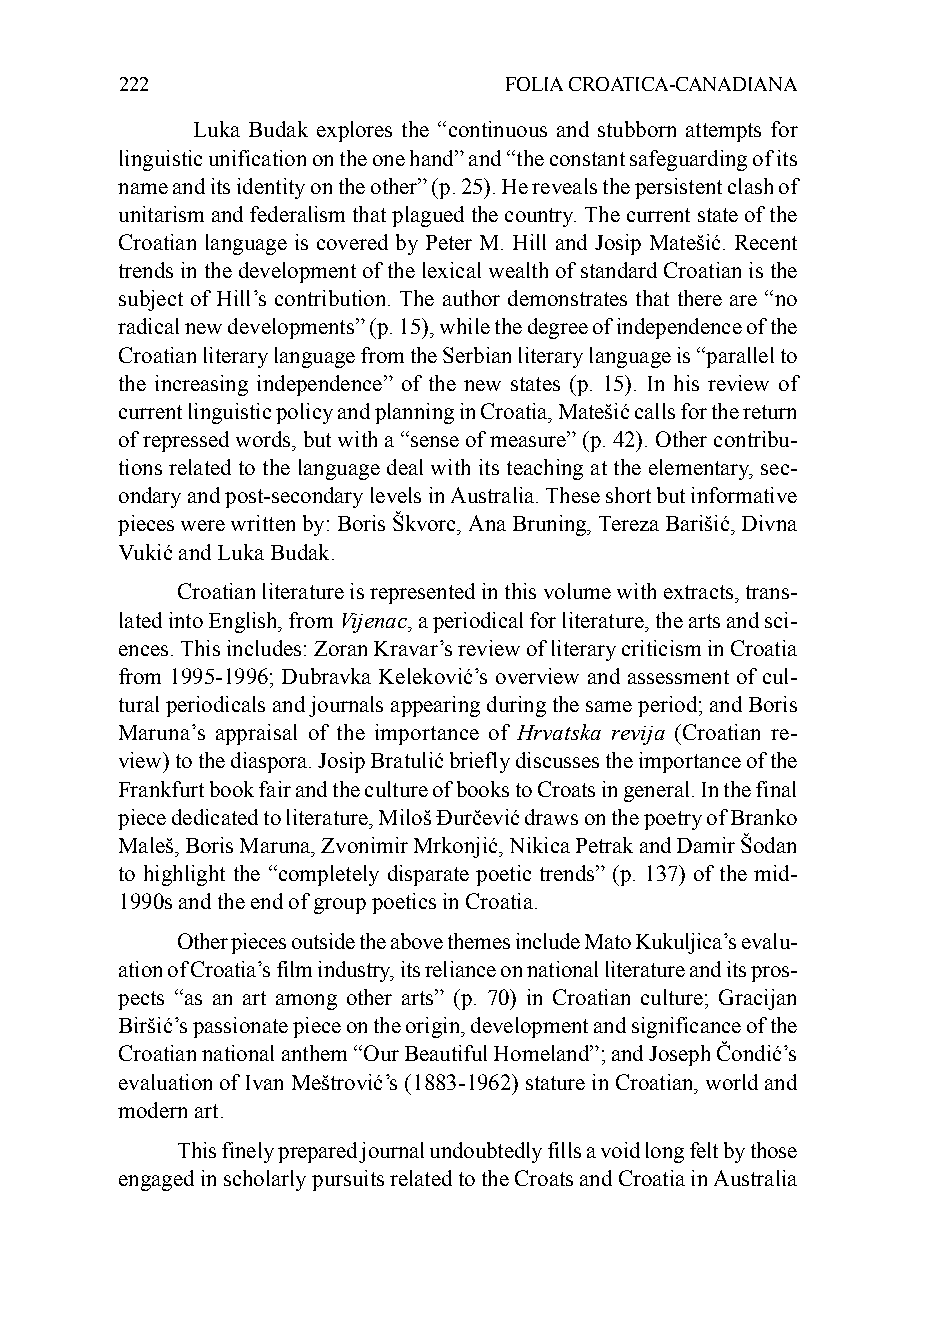
222                      FOLIA CROATICA-CANADIANA
 Luka Budak explores the “continuous and stubborn attempts for
 linguistic unification on the one hand” and “the constant safeguarding of its
 name and its identity on the other” (p. 25). He reveals the persistent clash of
 unitarism and federalism that plagued the country. The current state of the
 Croatian language is covered by Peter M. Hill and Josip Matešić. Recent
 trends in the development of the lexical wealth of standard Croatian is the
 subject of Hill’s contribution. The author demonstrates that there are “no
 radical new developments” (p. 15), while the degree of independence of the
 Croatian literary language from the Serbian literary language is “parallel to
 the increasing independence” of the new states (p. 15). In his review of
 current linguistic policy and planning in Croatia, Matešić calls for the return
 of repressed words, but with a “sense of measure” (p. 42). Other contribu-
 tions related to the language deal with its teaching at the elementary, sec-
 ondary and post-secondary levels in Australia. These short but informative
 pieces were written by: Boris Škvorc, Ana Bruning, Tereza Barišić, Divna
 Vukić and Luka Budak.
 Croatian literature is represented in this volume with extracts, trans-
 lated into English, from Vijenac, a periodical for literature, the arts and sci-
 ences. This includes: Zoran Kravar’s review of literary criticism in Croatia
 from 1995-1996; Dubravka Keleković’s overview and assessment of cul-
 tural periodicals and journals appearing during the same period; and Boris
 Maruna’s appraisal of the importance of Hrvatska revija (Croatian re-
 view) to the diaspora. Josip Bratulić briefly discusses the importance of the
 Frankfurt book fair and the culture of books to Croats in general. In the final
 piece dedicated to literature, Miloš Đurčević draws on the poetry of Branko
 Maleš, Boris Maruna, Zvonimir Mrkonjić, Nikica Petrak and Damir Šodan
 to highlight the “completely disparate poetic trends” (p. 137) of the mid-
 1990s and the end of group poetics in Croatia.
 Other pieces outside the above themes include Mato Kukuljica’s evalu-
 ation of Croatia’s film industry, its reliance on national literature and its pros-
 pects “as an art among other arts” (p. 70) in Croatian culture; Gracijan
 Biršić’s passionate piece on the origin, development and significance of the
 Croatian national anthem “Our Beautiful Homeland”; and Joseph Čondić’s
 evaluation of Ivan Meštrović’s (1883-1962) stature in Croatian, world and
 modern art.
 This finely prepared journal undoubtedly fills a void long felt by those
 engaged in scholarly pursuits related to the Croats and Croatia in Australia